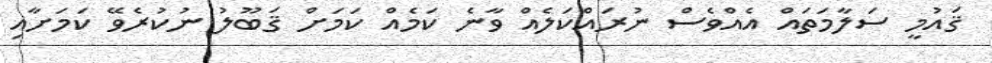
ޤައުމީ ސަލާމަތައް އެއްވެސް ނުރައްކަލެއް ވާނެ ކަމެއް ކަމަށް ޤަބޫލު ނުކުރެވޭ ކަމަށާއި